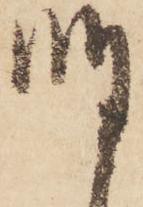
明